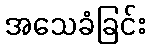
အသေခံခြင်း